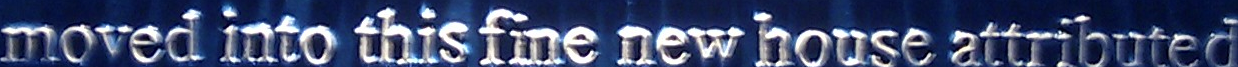
moved into this fine new house attributed